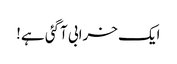
ایک خرابی آگئی ہے!